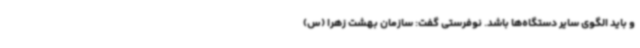
و باید الگوی سایر دستگاه‌ها باشد. نوفرستی گفت: سازمان بهشت زهرا (س)